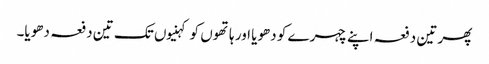
پھر تین دفعہ اپنے چہرے کو دھویا اور ہاتھوں کو کہنیوں تک تین دفعہ دھویا۔